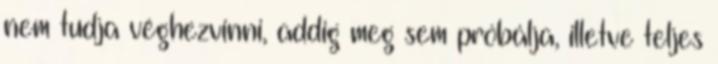
nem tudja véghezvinni, addig meg sem próbálja, illetve teljes